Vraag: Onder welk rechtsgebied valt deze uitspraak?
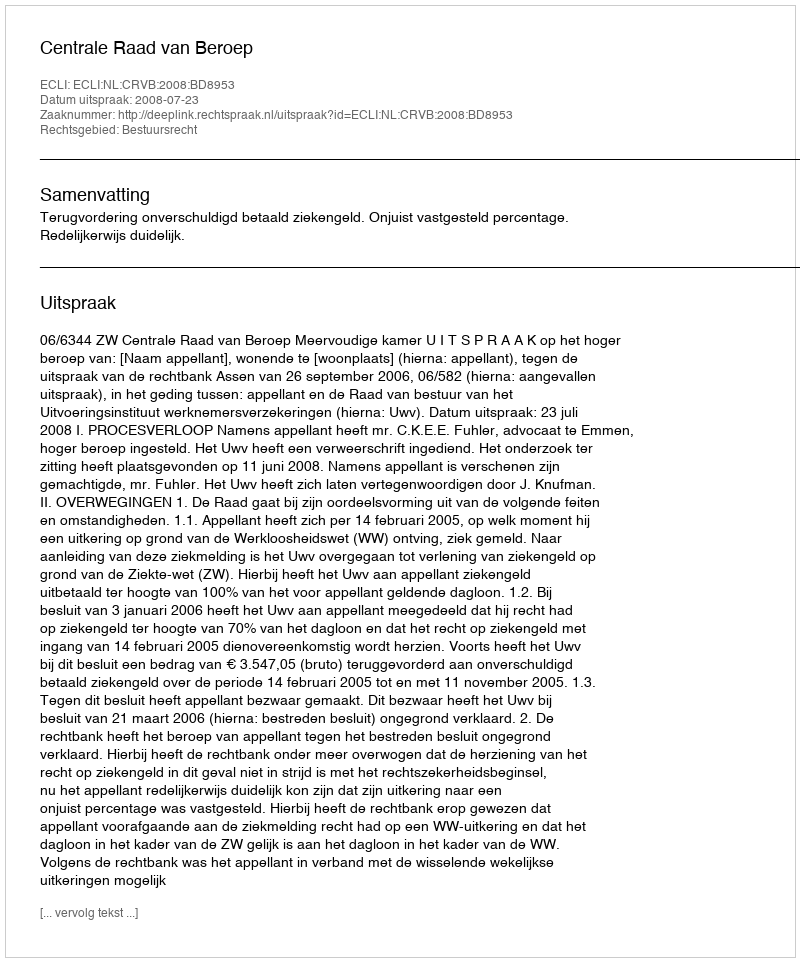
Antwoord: Bestuursrecht